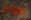
ووك